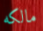
مالكه